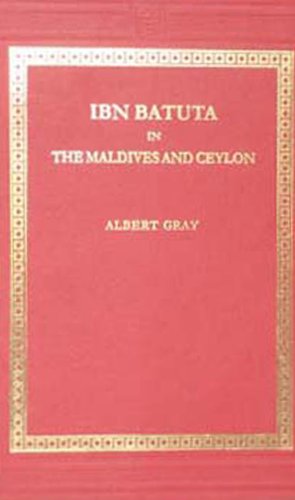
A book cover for Ibn Bahuta in the Maldives and Ceylon, 1333-1334; C. Defremery; Travel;